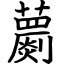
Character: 蘮